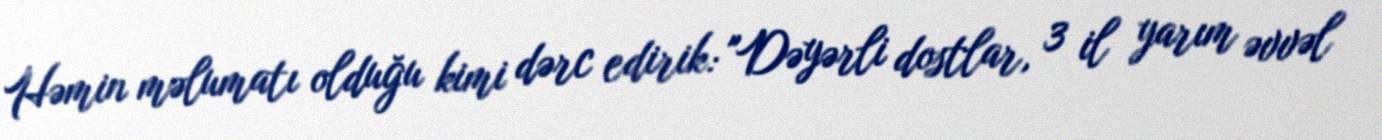
Həmin məlumatı olduğu kimi dərc edirik: "Dəyərli dostlar, 3 il yarım əvvəl